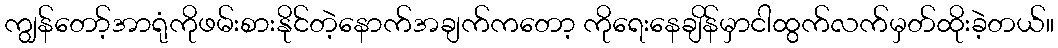
ကျွန်တော့်အာရုံကိုဖမ်းစားနိုင်တဲ့နောက်အချက်ကတော့ ကိုရေးနေချိန်မှာငါထွက်လက်မှတ်ထိုးခဲ့တယ်။